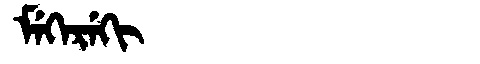
Manchu: ᠮᡝᡴᡝᡵᡝᡴᡳ
Romanization: MEKEREKI